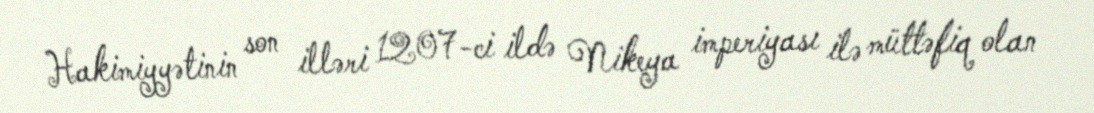
Hakimiyyətinin son illəri 1207-ci ildə Nikeya imperiyası ilə müttəfiq olan